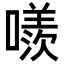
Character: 𠿢